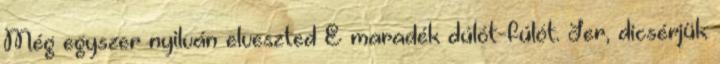
Még egyszer nyilván elveszted E maradék dúlót-fúlót. Jer, dicsérjük